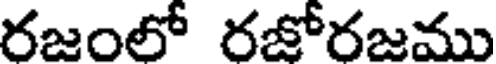
రజంలో రజోరజము